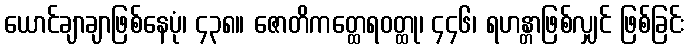
ယောင်ချာချာဖြစ်နေပုံ၊ ၄၃၈။ ဇောတိကတ္ထေရဝတ္ထု၊ ၄၄၆၊ ရဟန္တာဖြစ်လျှင် ဖြစ်ခြင်း